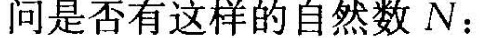
问是否有这样的自然数N：